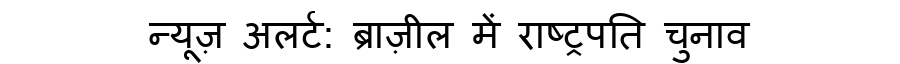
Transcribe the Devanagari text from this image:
न्यूज़ अलर्ट: ब्राज़ील में राष्ट्रपति चुनाव